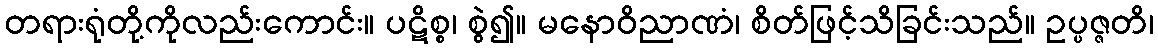
တရားရုံတို့ကိုလည်းကောင်း။ ပဋိစ္စ၊ စွဲ၍။ မနောဝိညာဏံ၊ စိတ်ဖြင့်သိခြင်းသည်။ ဥပ္ပဇ္ဇတိ၊